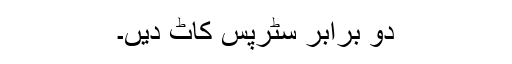
دو برابر سٹرپس کاٹ دیں۔